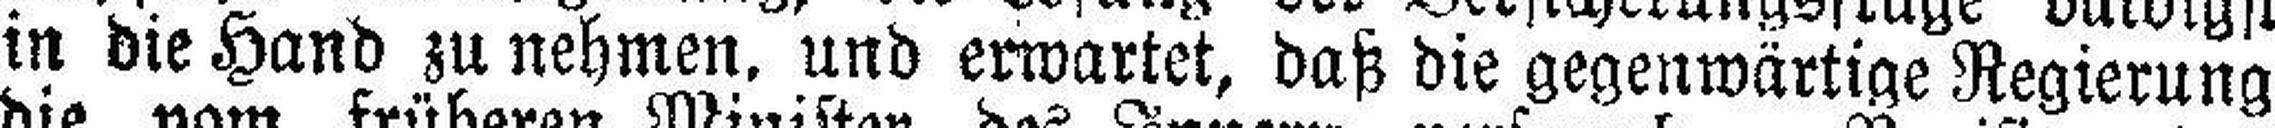
in die Hand zu nehmen, und erwartet, daß die gegenwärtige Regierung